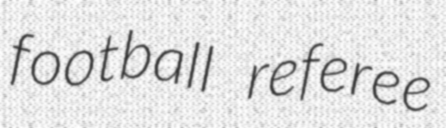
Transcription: football referee